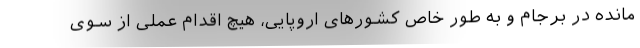
مانده در برجام و به طور خاص کشورهای اروپایی، هیچ اقدام عملی از سوی